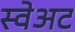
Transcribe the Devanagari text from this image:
स्वेअट